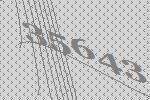
35643